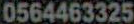
0564463325